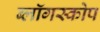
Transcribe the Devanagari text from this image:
ब्लॉगस्कोप